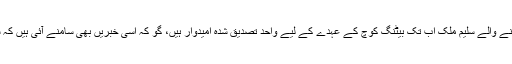
پاکستان کے سابق بلے باز اور ماضی میں طویل پابندی کا شکار رہنے والے سلیم ملک اب تک بیٹنگ کوچ کے عہدے کے لیے واحد تصدیق شدہ امیدوار ہیں، گو کہ اسی خبریں بھی سامنے آئی ہیں کہ سابق کپتان ظہیر عباس نے بھی عہدے کے لیے درخواست دی ہے۔